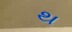
થ